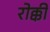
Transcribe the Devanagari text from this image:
रोक्की